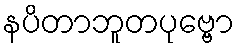
နပိတာဘူတပုဗ္ဗော